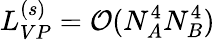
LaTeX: L_{VP}^{(s)}=\mathcal{O}(N_{A}^{4}N_{B}^{4})